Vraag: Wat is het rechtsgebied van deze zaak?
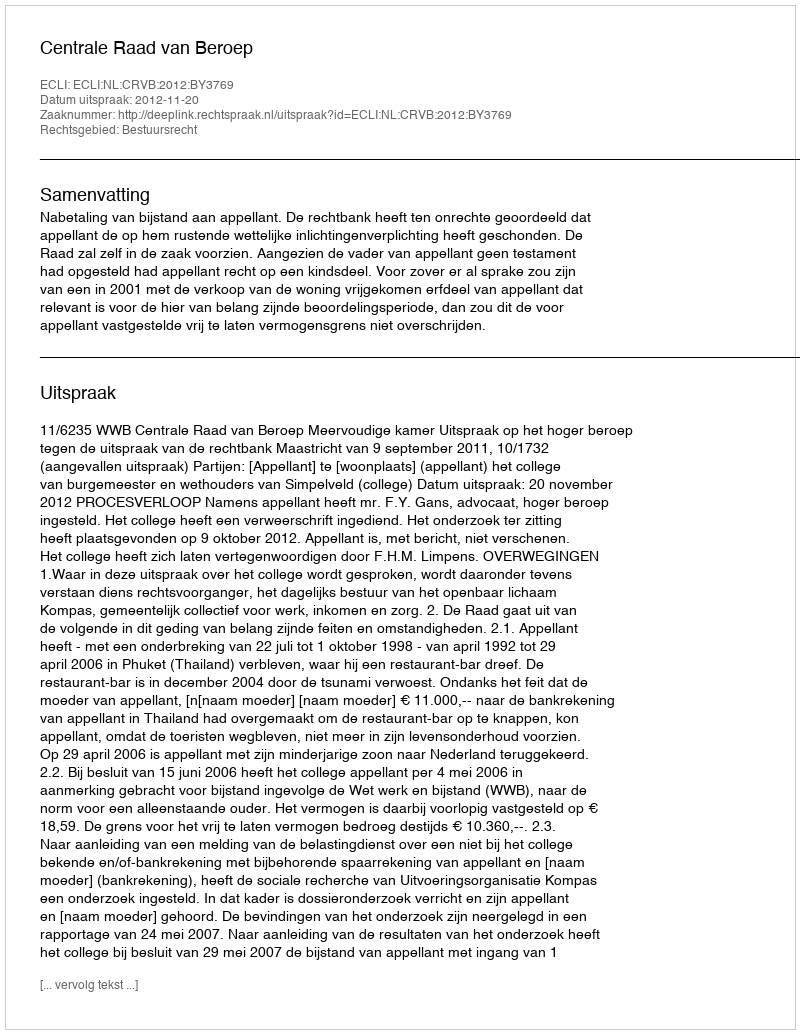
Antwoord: Bestuursrecht